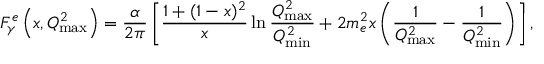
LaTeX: F _ { \gamma } ^ { e } \left( x , Q _ { \mathrm { m a x } } ^ { 2 } \right) = { \frac { \alpha } { 2 \pi } } \left[ { \frac { 1 + ( 1 - x ) ^ { 2 } } { x } } \ln { \frac { Q _ { \mathrm { m a x } } ^ { 2 } } { Q _ { \mathrm { m i n } } ^ { 2 } } } + 2 m _ { e } ^ { 2 } x \left( { \frac { 1 } { Q _ { \mathrm { m a x } } ^ { 2 } } } - { \frac { 1 } { Q _ { \mathrm { m i n } } ^ { 2 } } } \right) \right] ,